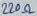
Text: 220Ω